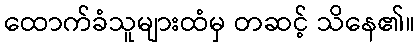
ထောက်ခံသူများထံမှ တဆင့် သိနေ၏။